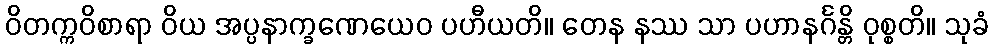
ဝိတက္ကဝိစာရာ ဝိယ အပ္ပနာက္ခဏေယေဝ ပဟီယတိ။ တေန နဿ သာ ပဟာနင်္ဂန္တိ ဝုစ္စတိ။ သုခံ